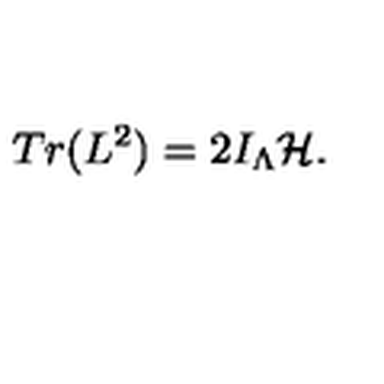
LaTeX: T r ( L ^ { 2 } ) = 2 I _ { \Lambda } { \cal H } .